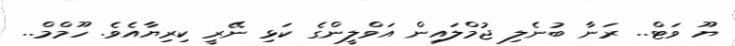
ޔޫ ވަޓް.. ރަނާ ބުނެލި ޖުމްލައިން އަވްލީންގެ ކަޅި ނޭރީ ކިރިޔާއެވެ. ހޫމްމް..